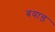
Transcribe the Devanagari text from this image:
बयाड